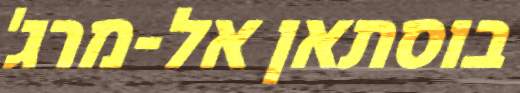
בוסתאן אל-מרג'